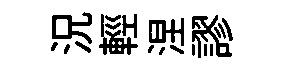
況輕涅謬